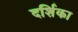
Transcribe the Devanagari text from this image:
दर्शिका